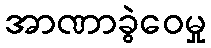
အာဏာခွဲဝေမှု